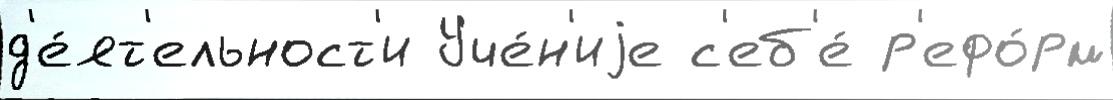
д'е́ят'ельност'и Уче́н'иjе с'еб'е́ р'ефо́рм